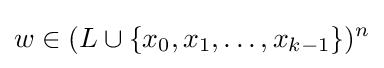
w\in (L\cup \{x_{0},x_{1},\ldots ,x_{k-1}\})^{n}